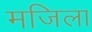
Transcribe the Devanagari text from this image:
मजिला